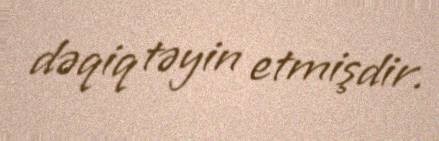
dəqiq təyin etmişdir.